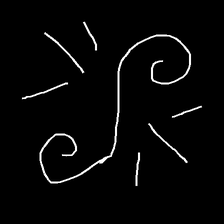
Glyph: wind-directs-air